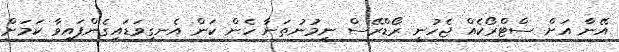
އޭނާ އަށް ސްޓްރޯކެއް ޖެހުނީ ރޯޑްރޭސް ނިމުނުތަނާ ހެން ކަން އެނގިވަޑައިގެންފައިވާ ކަމަށް